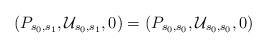
LaTeX: \begin{align*} (P_{ s_{0}, s_{1}},\mathcal U_{ s_{0}, s_{1}},0)=(P_{ s_{0}, s_{0}},\mathcal U_{ s_{0}, s_{0}},0)\end{align*}